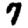
Digit: 7